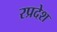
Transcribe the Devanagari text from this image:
रप्रदेश